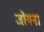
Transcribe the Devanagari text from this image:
जोयना